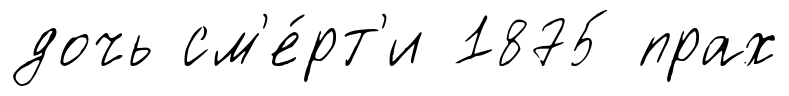
дочь см'е́рт'и 1875 прах